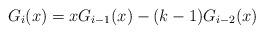
LaTeX: \begin{align*}G_i(x)=xG_{i-1}(x)-(k-1)G_{i-2}(x)\end{align*}